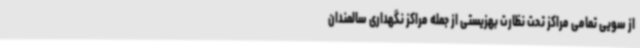
از سویی تمامی مراکز تحت نظارت بهزیستی از جمله مراکز نگهداری سالمندان